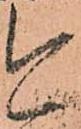
今